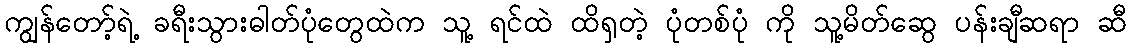
ကျွန်တော့်ရဲ့ ခရီးသွားဓါတ်ပုံတွေထဲက သူ့ ရင်ထဲ ထိရှတဲ့ ပုံတစ်ပုံ ကို သူ့မိတ်ဆွေ ပန်းချီဆရာ ဆီ